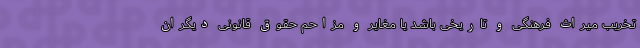
تخریب میراث فرهنگی و تاریخی باشد یا مغایر و مزاحم حقوق قانونی دیگران